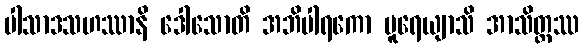
ပါသာဒသဟဿာနိ ဒေါသောတိ အဘိပါရကော ပူရေယျာသိ အာသိတ္တဿ